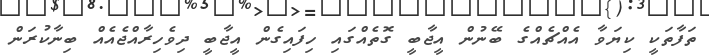
ތަފާތަކީ ކިޔަވާ އެއްޗެއްގެ ބޭނުން އީޖާބީ ގޮތެއްގައި ހިފައިގެން އީޖާބީ ދިވެހިރާއްޖެއެއް ބިނާކުރަން